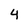
Character: 4